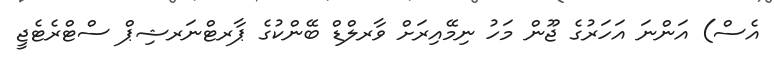
އެސް) އަންނަ އަހަރުގެ ޖޫން މަހު ނިމޭއިރަށް ވާރލްޑް ބޭންކުގެ ޕާރޓްނަރޝިޕް ސްޓްރެޓެޖީ